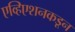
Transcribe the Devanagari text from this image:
एव्हिएशनकडून